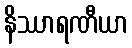
နိဿာရဏီယာ